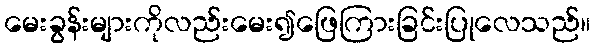
မေးခွန်းများကိုလည်းမေး၍ဖြေကြားခြင်းပြုလေသည်။